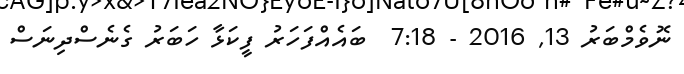
ނޮވެމްބަރު 13